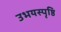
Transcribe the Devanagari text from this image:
उभयस्पृष्ठि